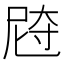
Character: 𰍼